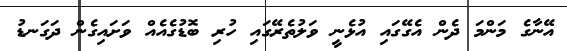
އޭނާގެ މަންމަ ދެން އެގޭގައި އުޅެނީ ވަލުތެރޭގައި ހުރި ބޮޑުގެއެއް ވަށައިގެން ދަގަނޑު